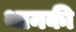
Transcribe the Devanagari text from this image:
थानकी